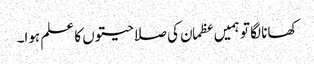
کھانا لگا تو ہمیں عظمان کی صلاحیتوں کا علم ہوا۔